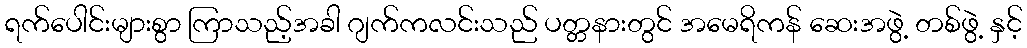
ရက်ပေါင်းများစွာ ကြာသည့်အခါ ဂျက်ကလင်းသည် ပတ္တနားတွင် အမေရိကန် ဆေးအဖွဲ့ တစ်ဖွဲ့ နှင့်